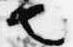
也